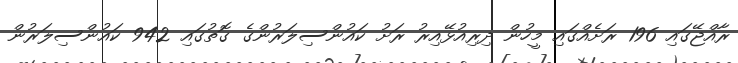
ރާއްޖޭގައި 196 ރަށެއްގައި މީހުން ދިރިއުޅޭއިރު ރަށު ކައުންސިލަރުންގެ ގޮތުގައި 942 ކައުންސިލަރުން